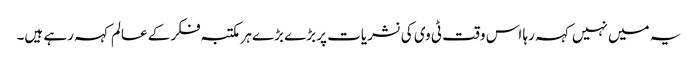
یہ میں نہیں کہہ رہا اس وقت ٹی وی کی نشریات پر بڑے بڑے ہر مکتبہ فکر کے عالم کہہ رہے ہیں۔